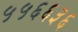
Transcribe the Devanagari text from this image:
५५६६३६